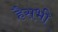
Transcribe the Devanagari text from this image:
हैसभी